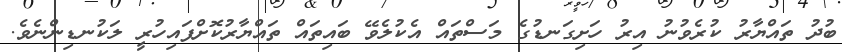
ބުދު ތައްޔާރު ކުރެވުނު އިރު ހަށިގަނޑުގެ މަސްތައް އެކުލެވޭ ބައިތައް ތައްޔާރުކޮށްފައިހުރީ ލަކުނޑިންނެވެ.